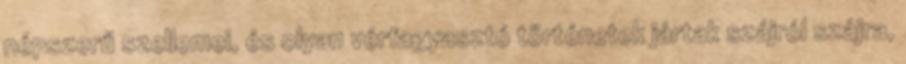
népszerű szellemei, és olyan vérfagyasztó történetek jártak szájról szájra,